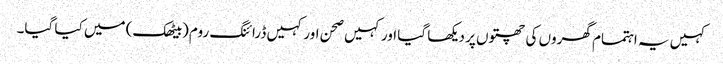
کہیں یہ اہتمام گھروں کی چھتوں پر دیکھا گیا اور کہیں صحن اور کہیں ڈرائنگ روم (بیٹھک) میں کیا گیا۔